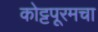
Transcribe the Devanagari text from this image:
कोट्टपूरमचा